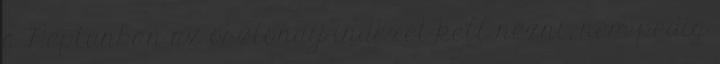
a Neptunban az ösztöndíj indexet kell nézni, nem pedig